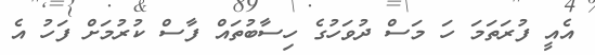
އެއީ ފުރަތަމަ ހަ މަސް ދުވަހުގެ ހިސާބުތައް ފާސް ކުރުމަށް ފަހު އެ